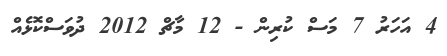
4 އަހަރު 7 މަސް ކުރިން - 12 މާޗް 2012 ދުވަސްކޮޅެއް